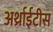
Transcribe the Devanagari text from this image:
अर्थ्राईटीस